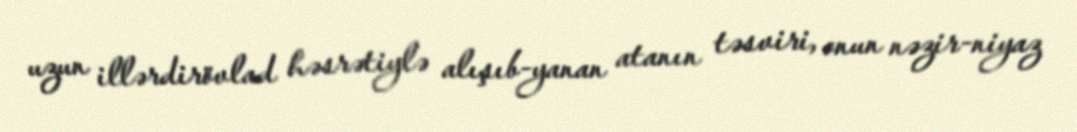
uzun illərdirövlad həsrətiylə alışıb-yanan atanın təsviri, onun nəzir-niyaz